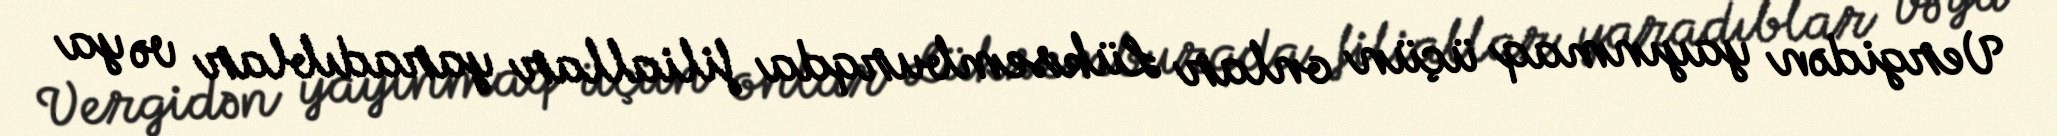
Vergidən yayınmaq üçün onlar Lüksemburqda filiallar yaradıblar və ya